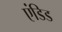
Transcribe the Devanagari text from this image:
एंडिड